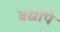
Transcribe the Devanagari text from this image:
बद्यपि